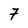
Character: 7